Vital statistics of India. Vol. IV, Annual returns from 1871 to 1876. British Army of India, Native Army and jails of Bengal
Year: 1871
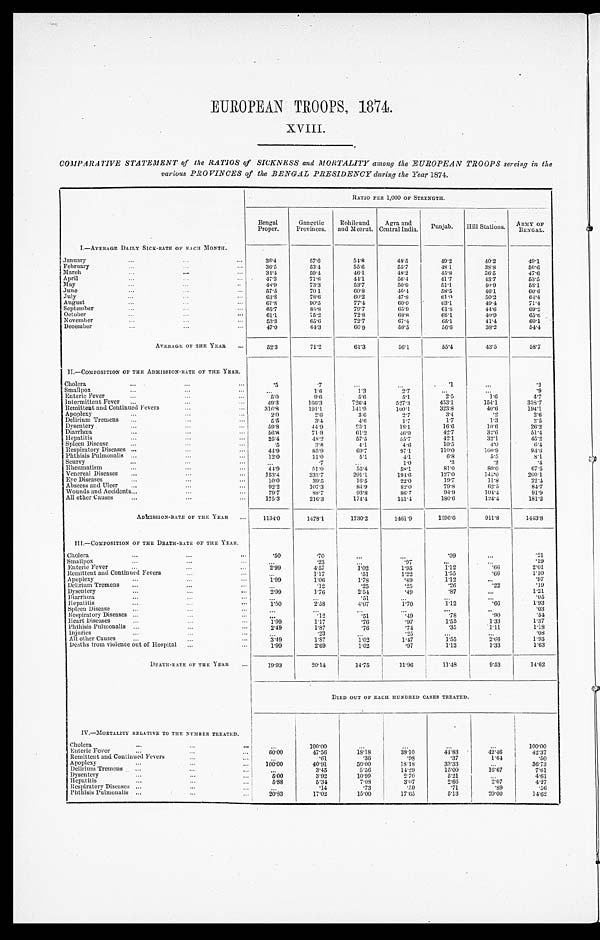
EUROPEAN TROOPS, 1874.
XVIII.
COMPARATIVE STATEMENT of the RATIOS of SICKNESS and MORTALITY among the EUROPEAN TROOPS serving in the
various PROVINCES of the BENGAL PRESIDENCY during the Year 1874.
RATIO PER 1,000 OF STRENGTH.
Bengal
Proper.
Gangetic
Provinces.
Rohileund
and Meerut.
Agra and
Central
India.
Punjab.
Hill Stations.
ARMY OF
BENGAL.
I.—AVERAGE DAILY SICK-RATE OF EACH MONTH.
January...
3 6 . 4
57.6
54.8
48.5
49.2
40.2
49.1
February . . .
36.5
53.4
55.6
55.7
48.1
38.8
50.6
M a r c h . . .
3 4 . 4
59.4
46.1
48.2
45.8
36.5
47.6
April . . .
47.3
71.6
44.1
56.4
41.7
43.7
53.5
M a y . . .
4 8 . 9
73.3
53.7
50.9
51.1
40.9
58.1
June . . .
5 7 . 5
70.1
60.8
46.4
58.5
46.1
6 0 . 6
July. . .
6 3 . 8
78.6
60.2
47.8
61.0
50.2
64.4
August . . .
6 7 . 8
9 0 . 5
77.4
60.0
63.1
49.4
71.4
September . . .
6 5 . 7
8 5 . 8
79.7
65.9
61.8
44.6
69.2
October . . .
61.1
75.2
72.8
68.8
68.1
40.9
65.6
November . . .
5 3 . 3
65.6
72.7
67.4
65.1
41.4
60.1
December . . .
4 7 . 0
64.3
60.9
58.5
56.6
38.2
54.4
AVERAGE OF THE YEAR . . .
52.3
71.2
61.3
56.1
55.4
43.5
58.7
II.—COMPOSITION OF THE ADMISSION-RATE OF THE YEAR.
Cholera . . .
.5
. 7
. . .
. . .
. 1
. . .
.2
S m a l l p o x . . .
. . .
1 . 6
1.3
2 . 7
. . .
. . .
.9
Enteric Fever . . .
5 . 0
9.6
5.6
5.1
2.5
1.6
4.7
I n t e r m i t t e n t F e v e r . . .
4 9 . 3
166.3
726.4
527.3
453.1
154.1
358.7
Remittent and Continued Fevers . . .
3 1 6 . 8
191.1
141.9
100.1
323.8
40.6
194.1
Apoplexy . . .
2 . 0
2 . 6
3.6
2.7
3.4
. 2
2.6
Delirium Tremens . . .
5.5
3.4
4 . 6
1.7
1.7
1.3
2.5
Dysentery . . .
59.8
44
23.1
18.1
16.6
10.6
2 6 . 2
Diarrhœa . . .
5 6 . 8
71. 8
61.2
4 6 . 9
42.7
3 2 . 6
51.4
Hepatitis . . .
25.4
48.2
57.5
55.7
42.1
32.1
45.2
S p l e e n D i s e a s e s . . .
.5
3 . 8
4.1
4.6
10.5
4 . 0
6.4
Respiratory Diseases . . .
44.9
85.9
69.7
97.1
110.0
100.9
94.6
Phthisis Pulmonalis . . .
12.0
11.0
5.1
4.1
6.8
5.5
8.1
Scurvy . . .
. . .
.7
. . .
1.0
. 3
.2
.4
Rheumatism . . .
4 4 . 9
51. 0
55.4
5 8 . 1
81.0
80.0
67.5
Venereal Diseases . . .
153.4
333.7
201.1
194.6
127.0
145. 0
2 0 0 . 1
Eye Diseases . . .
10.0
39.5
16.5
22.0
1 9 . 7
1 1 . 8
22.4
Abscess and Ulcer . . .
92.2
107.3
84.9
82.0
79.8
62.5
84.7
Wounds and Accidents . . .
79.7
88.7
9 3 . 8
86.7
94.9
104.4
91.9
All other Causes . . .
175.3
216.3
174.4
151.4
180.6
124.4
181.2
ADMISSION-RATE OF THE YEAR . . .
1134. 0
1478.1
1730.2
1461.9
1596.6
911.8
1443.8
III.—COMPOSITION OF THE DEATH-RATE OF THE YEAR.
Cholera . . .
.50
. 7 0
. . .
. . .
.09
. . .
.21
S m a l l p o x . . .
. . .
.23
. . .
.97
. . .
. . .
.19
Enteric Fever . . .
2 . 9 9
4.57
1.02
1.95
1.12
. 6 6
2.01
Remittent and Continued Fevers . . .
. . .
1 . 1 7
.51
1.22
1.55
.66
1.10
Apoplexy . . .
1.99
1.06
1.78
.49
1.12
. . .
.97
Delirium Tremens . . .
. . .
. 1 2
.25
. 2 5
.26
.22
.19
D y s e n t e r y . . .
2 . 9 9
1.76
2.54
.49
.87
. . .
1.21
D i a r r h œ a . . .
. . .
. . .
.51
. . .
. . .
. . .
.05
Hepatitis . . .
1.50
2.58
4.07
1.70
1.12
.66
1.93
Spleen Disease . . .
. . .
. . .
. . .
. . .
. . .
. . .
.03
Respiratory Diseases . . .
. . . .12
.51
.49
.78
.90
.54
Heart Diseases . . .
1 . 9 9
1 . 1 7
.76
.97
1.55
1.33
1.37
Phthisis Pulmonalis . . .
2.49
1.87
.76
.74
.35
1.11
1 . 1 8
I n j u r i e s . . .
. . . .23
. . .
. 2 5
. . .
. . .
.08
All other Causes . . .
3.49
1 . 8 7
1.02
1.47
1.55
2.66
1.93
Deaths from violence out of H ospital . . .
1.99
2.69
1.02
.97
1.12
1 . 3 3
1.63
DEATH-RATE OF THE YEAR . . .
19.93
20.14
14.75
11.96
11. 48
9.53
14.62
DIED OUT OF EACH HUNDRED CASES TREATED.
IV.—MORTALITY RELATIVE TO THE NUMBER TREATED.
Cholera . . .
. . .
100.0
. . .
. . .
. . .
. . .
100.00
Enteric Fever . . .
60.00
47.56
18.18
38.10
44.83
42.46
42.37
Remittent and Continued Fevers
. . .
.61
.36
.98
.37
1 . 6 4
.50
A P O P L E X Y . . .
100.00
40.91
50.00
18.18
33.33
. . .
36.73
Delirium Tremens . . .
. . .
3.45
5 . 5 6
14.29
15.00
16.67
7.61
Dysentery . . .
5 . 0 0
3.92
10.99
2.70
5.21
. . .
4.61
Hepatitis . . .
5 . 8 8
5.34
7.08
3.07
2.66
2.07
4.27
Respiratory Diseases . . .
. . .
.14
.73
. 5 0
.71
. 8 9
.56
Phthisis Pulmonalis . . .
20.83
17.02
15.00
17.65
5.13
20.00
14.62